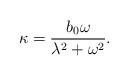
LaTeX: \begin{align*}\kappa = \frac{b_0 \omega}{\lambda^2 + \omega^2}.\end{align*}